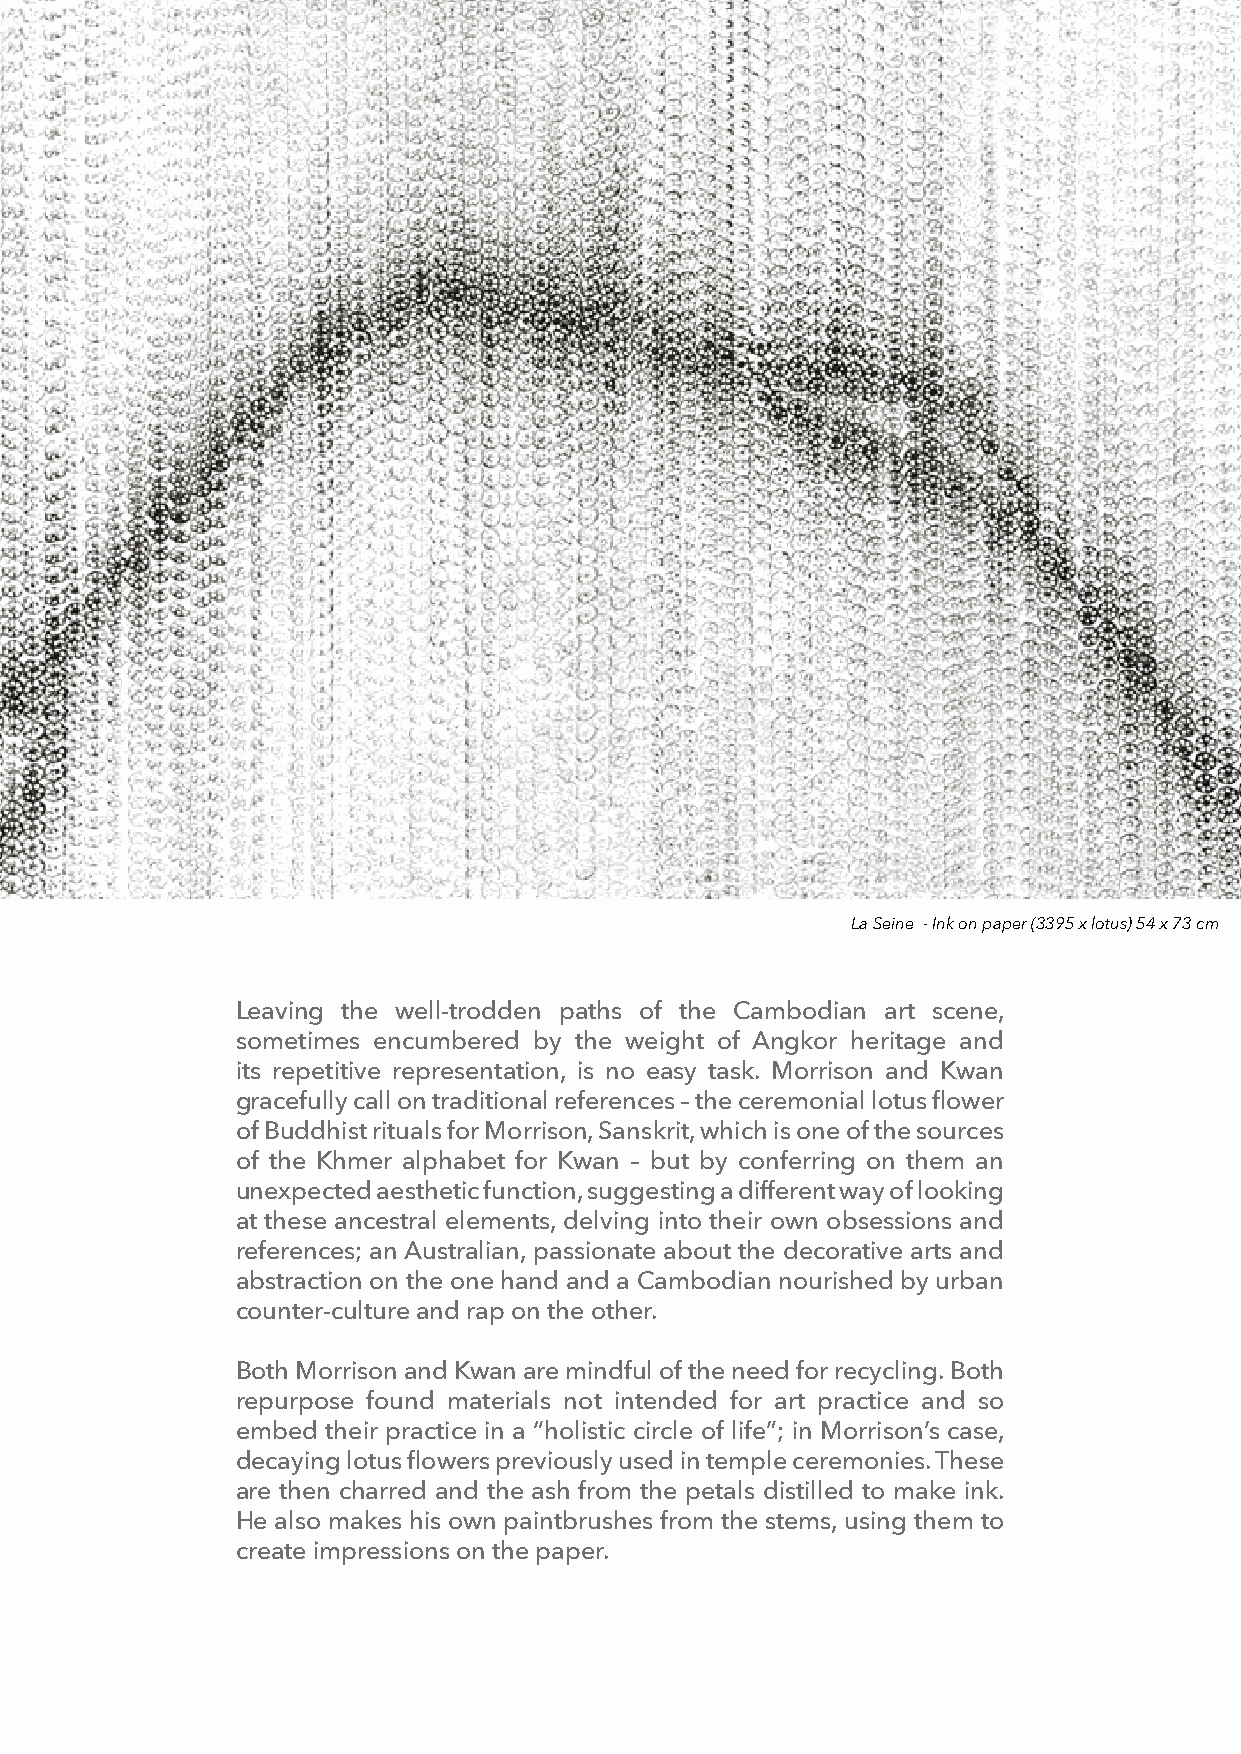
La Seine - Ink on paper (3395 x lotus) 54 x 73 cm
 Leaving the well-trodden paths of the Cambodian art scene,
 sometimes encumbered by the weight of Angkor heritage and
 its repetitive representation, is no easy task. Morrison and Kwan
 gracefully call on traditional references – the ceremonial lotus flower
 of Buddhist rituals for Morrison, Sanskrit, which is one of the sources
 of the Khmer alphabet for Kwan – but by conferring on them an
 unexpected aesthetic function, suggesting a different way of looking
 at these ancestral elements, delving into their own obsessions and
 references; an Australian, passionate about the decorative arts and
 abstraction on the one hand and a Cambodian nourished by urban
 counter-culture and rap on the other.
 Both Morrison and Kwan are mindful of the need for recycling. Both
 repurpose found materials not intended for art practice and so
 embed their practice in a “holistic circle of life”; in Morrison’s case,
 decaying lotus flowers previously used in temple ceremonies. These
 are then charred and the ash from the petals distilled to make ink.
 He also makes his own paintbrushes from the stems, using them to
 create impressions on the paper.